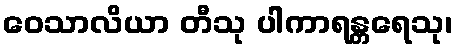
ဝေသာလိယာ တီသု ပါကာရန္တရေသု၊